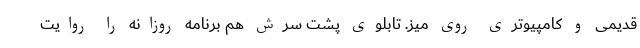
قدیمی و کامپیوتری روی میز. تابلوی پشت سرش هم برنامه روزانه را روایت